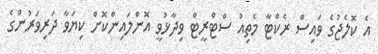
އެ ކޮލެޖުގެ ވައިސް ރެކްޓާ މެތިއު ސްޓްރީޓް ވިދާޅުވީ އޮންލައިންކޮށް ކިޔަވާ ދަރިވަރުންގެ